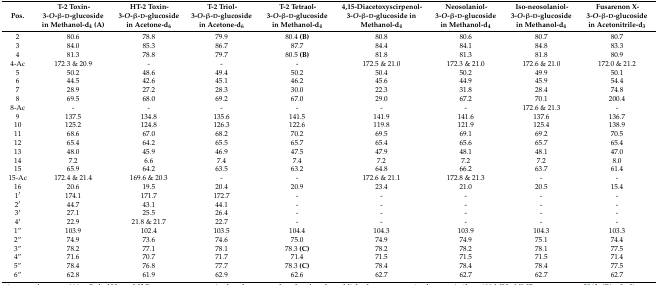
<table><thead><tr><td><b>Pos.</b></td><td><b>T-2 Toxin-3-<i>O</i>-β-d-glucoside in Methanol-d<sub>4</sub> (A)</b></td><td><b>HT-2 Toxin-3-<i>O</i>-β-d-glucoside in Acetone-d<sub>6</sub></b></td><td><b>T-2 Triol-3-<i>O</i>-β-d-glucoside in Acetone-d<sub>6</sub></b></td><td><b>T-2 Tetraol-3-<i>O</i>-β-d-glucoside in Methanol-d<sub>4</sub></b></td><td><b>4,15-Diacetoxyscirpenol-3-<i>O</i>-β-d-glucoside in Methanol-d<sub>4</sub></b></td><td><b>Neosolaniol-3-<i>O</i>-β-d-glucoside in Methanol-d<sub>4</sub></b></td><td><b>Iso-neosolaniol-3-<i>O</i>-β-d-glucoside in Methanol-d<sub>4</sub></b></td><td><b>Fusarenon X-3-<i>O</i>-β-d-glucoside in Acetonitrile-d<sub>3</sub></b></td></tr></thead><tbody><tr><td>2</td><td>80.6</td><td>78.8</td><td>79.9</td><td>80.4 <b>(B)</b></td><td>80.8</td><td>80.6</td><td>80.7</td><td>80.7</td></tr><tr><td>3</td><td>84.0</td><td>85.3</td><td>86.7</td><td>87.7</td><td>84.4</td><td>84.1</td><td>84.8</td><td>83.3</td></tr><tr><td>4</td><td>81.3</td><td>78.8</td><td>79.7</td><td>80.5 <b>(B)</b></td><td>81.8</td><td>81.3</td><td>81.8</td><td>80.9</td></tr><tr><td>4-Ac</td><td>172.3 &amp; 20.9</td><td>-</td><td>-</td><td>-</td><td>172.5 &amp; 21.0</td><td>172.3 &amp; 21.0</td><td>172.6 &amp; 21.0</td><td>172.0 &amp; 21.2</td></tr><tr><td>5</td><td>50.2</td><td>48.6</td><td>49.4</td><td>50.2</td><td>50.4</td><td>50.2</td><td>49.9</td><td>50.1</td></tr><tr><td>6</td><td>44.5</td><td>42.6</td><td>45.1</td><td>46.2</td><td>45.6</td><td>44.9</td><td>45.9</td><td>54.4</td></tr><tr><td>7</td><td>28.9</td><td>27.2</td><td>28.3</td><td>30.0</td><td>22.3</td><td>31.8</td><td>28.4</td><td>74.8</td></tr><tr><td>8</td><td>69.5</td><td>68.0</td><td>69.2</td><td>67.0</td><td>29.0</td><td>67.2</td><td>70.1</td><td>200.4</td></tr><tr><td>8-Ac</td><td>-</td><td>-</td><td>-</td><td>-</td><td>-</td><td>-</td><td>172.6 &amp; 21.3</td><td>-</td></tr><tr><td>9</td><td>137.5</td><td>134.8</td><td>135.6</td><td>141.5</td><td>141.9</td><td>141.6</td><td>137.6</td><td>136.7</td></tr><tr><td>10</td><td>125.2</td><td>124.8</td><td>126.3</td><td>122.6</td><td>119.8</td><td>121.9</td><td>125.4</td><td>138.9</td></tr><tr><td>11</td><td>68.6</td><td>67.0</td><td>68.2</td><td>70.2</td><td>69.5</td><td>69.1</td><td>69.2</td><td>70.5</td></tr><tr><td>12</td><td>65.4</td><td>64.2</td><td>65.5</td><td>65.7</td><td>65.4</td><td>65.6</td><td>65.7</td><td>65.4</td></tr><tr><td>13</td><td>48.0</td><td>45.9</td><td>46.9</td><td>47.5</td><td>47.9</td><td>48.1</td><td>48.1</td><td>47.0</td></tr><tr><td>14</td><td>7.2</td><td>6.6</td><td>7.4</td><td>7.4</td><td>7.2</td><td>7.2</td><td>7.2</td><td>8.0</td></tr><tr><td>15</td><td>65.9</td><td>64.2</td><td>63.5</td><td>63.2</td><td>64.8</td><td>66.2</td><td>63.7</td><td>61.4</td></tr><tr><td>15-Ac</td><td>172.4 &amp; 21.4</td><td>169.6 &amp; 20.3</td><td>-</td><td>-</td><td>172.6 &amp; 21.1</td><td>172.8 &amp; 21.3</td><td>-</td><td>-</td></tr><tr><td>16</td><td>20.6</td><td>19.5</td><td>20.4</td><td>20.9</td><td>23.4</td><td>21.0</td><td>20.5</td><td>15.4</td></tr><tr><td>1′</td><td>174.1</td><td>171.7</td><td>172.7</td><td>-</td><td>-</td><td>-</td><td>-</td><td>-</td></tr><tr><td>2′</td><td>44.7</td><td>43.1</td><td>44.1</td><td>-</td><td>-</td><td>-</td><td>-</td><td>-</td></tr><tr><td>3′</td><td>27.1</td><td>25.5</td><td>26.4</td><td>-</td><td>-</td><td>-</td><td>-</td><td>-</td></tr><tr><td>4′</td><td>22.9</td><td>21.8 &amp; 21.7</td><td>22.7</td><td>-</td><td>-</td><td>-</td><td>-</td><td>-</td></tr><tr><td>1′′</td><td>103.9</td><td>102.4</td><td>103.5</td><td>104.4</td><td>104.3</td><td>103.9</td><td>104.3</td><td>103.3</td></tr><tr><td>2′′</td><td>74.9</td><td>73.6</td><td>74.6</td><td>75.0</td><td>74.9</td><td>74.9</td><td>75.1</td><td>74.4</td></tr><tr><td>3′′</td><td>78.2</td><td>77.1</td><td>78.1</td><td>78.3 <b>(C)</b></td><td>78.2</td><td>78.2</td><td>78.1</td><td>77.5</td></tr><tr><td>4′′</td><td>71.6</td><td>70.7</td><td>71.7</td><td>71.4</td><td>71.5</td><td>71.5</td><td>71.5</td><td>71.4</td></tr><tr><td>5′′</td><td>78.4</td><td>76.8</td><td>77.7</td><td>78.3 <b>(C)</b></td><td>78.4</td><td>78.4</td><td>78.4</td><td>77.5</td></tr><tr><td>6′′</td><td>62.8</td><td>61.9</td><td>62.9</td><td>62.6</td><td>62.7</td><td>62.7</td><td>62.7</td><td>62.7</td></tr></tbody></table>